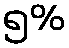
၅%